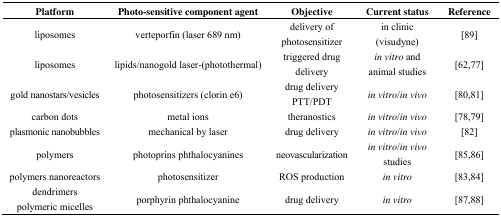
<table><thead><tr><td><b>Platform</b></td><td><b>Photo-sensitive component agent</b></td><td><b>Objective</b></td><td><b>Current status</b></td><td><b>Reference</b></td></tr></thead><tbody><tr><td>liposomes</td><td>verteporfin (laser 689 nm)</td><td>delivery of photosensitizer</td><td>in clinic (visudyne)</td><td>[89]</td></tr><tr><td>liposomes</td><td>lipids/nanogold laser-(photothermal)</td><td>triggered drug delivery</td><td><i>in vitro</i> and animal studies</td><td>[62,77]</td></tr><tr><td>gold nanostars/vesicles</td><td>photosensitizers (clorin e6)</td><td>drug delivery PTT/PDT</td><td><i>in vitro</i>/<i>in vivo</i></td><td>[80,81]</td></tr><tr><td>carbon dots</td><td>metal ions</td><td>theranostics</td><td><i>in vitro</i>/<i>in vivo</i></td><td>[78,79]</td></tr><tr><td>plasmonic nanobubbles</td><td>mechanical by laser</td><td>drug delivery</td><td><i>in vitro</i>/<i>in vivo</i></td><td>[82]</td></tr><tr><td>polymers</td><td>photoprins phthalocyanines</td><td>neovascularization</td><td><i>in vitro</i>/<i>in vivo</i> studies</td><td>[85,86]</td></tr><tr><td>polymers nanoreactors</td><td>photosensitizer</td><td>ROS production</td><td><i>in vitro</i></td><td>[83,84]</td></tr><tr><td>dendrimers polymeric micelles</td><td>porphyrin phthalocyanine</td><td>drug delivery</td><td><i>in vitro</i></td><td>[87,88]</td></tr></tbody></table>